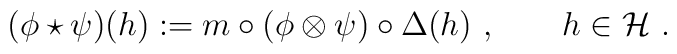
(\phi \star \psi)(h) := m \circ (\phi \otimes \psi) \circ \Delta (h)~,\qquad h \in \mathcal{H}~.